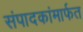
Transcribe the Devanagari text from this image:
संपादकांमार्फत